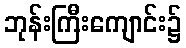
ဘုန်းကြီးကျောင်း၌